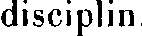
disciplin.